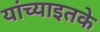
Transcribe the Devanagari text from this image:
यांच्याइतके